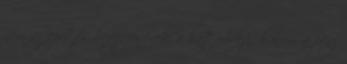
nem az építés befejezésének a határideje, hanem a pénz